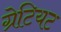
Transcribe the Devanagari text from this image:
ग्रेटियट